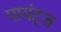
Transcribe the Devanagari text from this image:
पायंट्ज़